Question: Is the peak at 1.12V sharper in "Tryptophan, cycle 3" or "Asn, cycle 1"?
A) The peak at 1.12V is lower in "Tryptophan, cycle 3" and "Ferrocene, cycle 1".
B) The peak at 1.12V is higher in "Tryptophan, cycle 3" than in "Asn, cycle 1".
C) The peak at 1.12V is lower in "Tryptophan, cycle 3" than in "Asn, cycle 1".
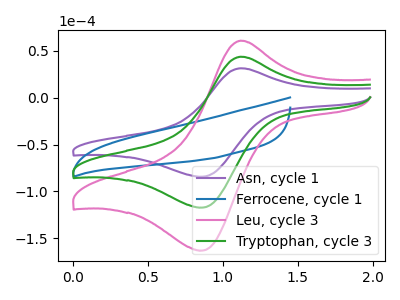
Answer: <think>The purple curve "Asn, cycle 1" has an anodic peak at (1.10V, 31.45uA) and a cathodic peak at (0.85V, -84.25uA). The blue curve "Ferrocene, cycle 1" has no peaks. The pink curve "Leu, cycle 3" has an anodic peak at (1.10V, 87.55uA) and a cathodic peak at (0.85V, -234.40uA). The green curve "Tryptophan, cycle 3" has an anodic peak at (1.10V, 43.75uA) and a cathodic peak at (0.85V, -117.20uA).</think>
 <answer>B) The peak at 1.12V is higher in "Tryptophan, cycle 3" than in "Asn, cycle 1".</answer>
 <eval>B</eval>